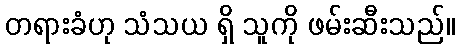
တရားခံဟု သံသယ ရှိ သူကို ဖမ်းဆီးသည်။